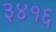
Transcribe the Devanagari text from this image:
३४१६